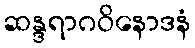
ဆန္ဒရာဂဝိနောဒနံ